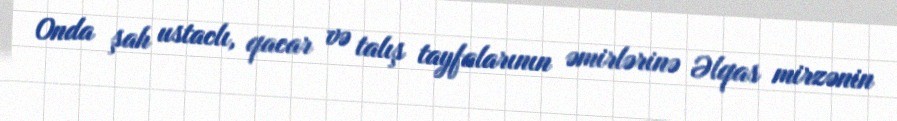
Onda şah ustaclı, qacar və talış tayfalarının əmirlərinə Əlqas mirzənin